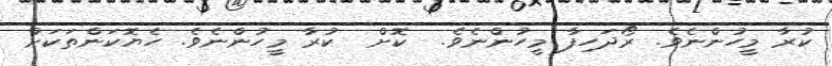
ކުރާ މީހުންނެވެ. ރޯދަހިފާ މީހުންނެވެ.  ކޮށް  ކުރާ މީހުންނެވެ. ހެޔޮކަންތަކަށް